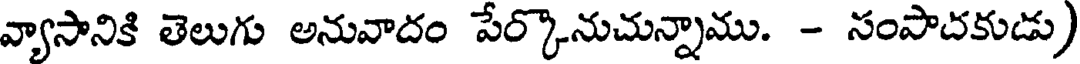
వ్యాసానికి తెలుగు అనువాదం పేర్కొనుచున్నాము. - సంపాదకుడు)